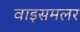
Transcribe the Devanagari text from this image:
वाइसमलर